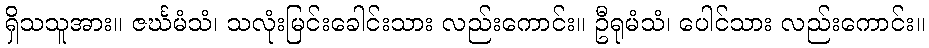
ရှိသသူအား။ ဇင်္ဃမံသံ၊ သလုံးမြင်းခေါင်းသား လည်းကောင်း။ ဦရုမံသံ၊ ပေါင်သား လည်းကောင်း။